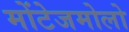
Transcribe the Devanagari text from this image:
मोंटेजमोलो